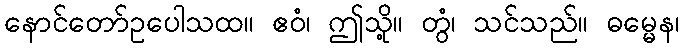
နောင်တော်ဥပေါသထ။ ဧဝံ၊ ဤသို့။ တွံ၊ သင်သည်။ ဓမ္မေန၊